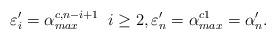
LaTeX: \begin{align*} \varepsilon'_i = \alpha^{c,n-i+1}_{max} \; \; i \geq 2, \varepsilon'_n = \alpha^{c1}_{max} = \alpha'_n.\end{align*}